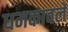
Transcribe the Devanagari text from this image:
धमकावले